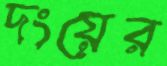
দংয়ের